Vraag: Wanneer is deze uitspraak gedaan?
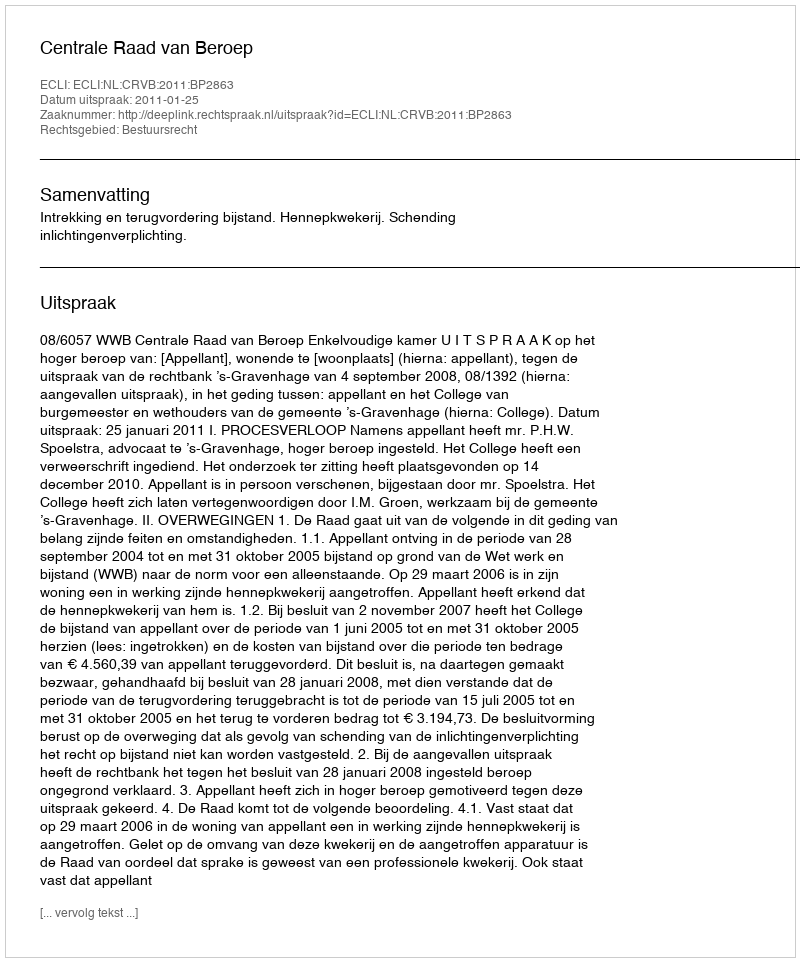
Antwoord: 2011-01-25